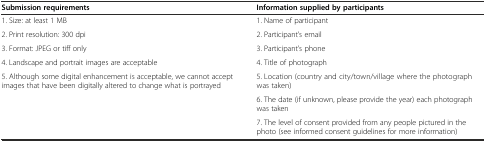
<table><thead><tr><td><b>Submission requirements</b></td><td><b>Information supplied by participants</b></td></tr></thead><tbody><tr><td>1. Size: at least 1 MB</td><td>1. Name of participant</td></tr><tr><td>2. Print resolution: 300 dpi</td><td>2. Participant’s email</td></tr><tr><td>3. Format: JPEG or tiff only</td><td>3. Participant’s phone</td></tr><tr><td>4. Landscape and portrait images are acceptable</td><td>4. Title of photograph</td></tr><tr><td>5. Although some digital enhancement is acceptable, we cannot accept images that have been digitally altered to change what is portrayed</td><td>5. Location (country and city/town/village where the photograph was taken)</td></tr><tr><td></td><td>6. The date (if unknown, please provide the year) each photograph was taken</td></tr><tr><td></td><td>7. The level of consent provided from any people pictured in the photo (see informed consent guidelines for more information)</td></tr></tbody></table>